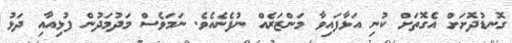
ގޮނޑުދޮށަށް އެގޮތަށް ކުނި އަޅާފައިވާ މަންޒަރެއް ނުފެނެއެވެ. ނަމަވެސް މަދުމަދުން ފުޅިއާއި ދަޅު